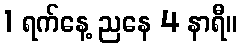
1 ရက်နေ့ ညနေ 4 နာရီ။